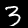
Digit: 3